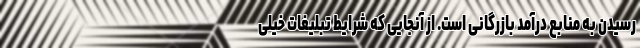
رسیدن به منابع درآمد بازرگانی است. از آنجایی که شرایط تبلیغات خیلی